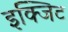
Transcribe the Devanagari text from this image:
इक्जिट